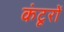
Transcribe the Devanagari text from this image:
कंटूरों